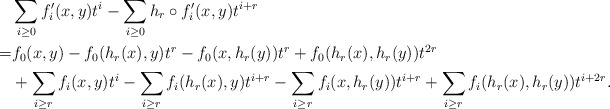
\begin{align*}&\sum_{i\geq 0}f_i'(x, y)t^i-\sum_{i\geq 0}h_r\circ f_i'(x, y)t^{i+r}\\=&f_0(x, y)-f_0(h_r(x), y)t^r-f_0(x, h_r(y))t^r+f_0(h_r(x), h_r(y))t^{2r}\\ &+\sum_{i\geq r}f_i(x, y)t^i-\sum_{i\geq r}f_i(h_r(x), y)t^{i+r}-\sum_{i\geq r}f_i(x, h_r(y))t^{i+r}+\sum_{i\geq r}f_i(h_r(x), h_r(y))t^{i+2r}.\end{align*}